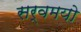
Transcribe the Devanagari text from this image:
सर्वमयो